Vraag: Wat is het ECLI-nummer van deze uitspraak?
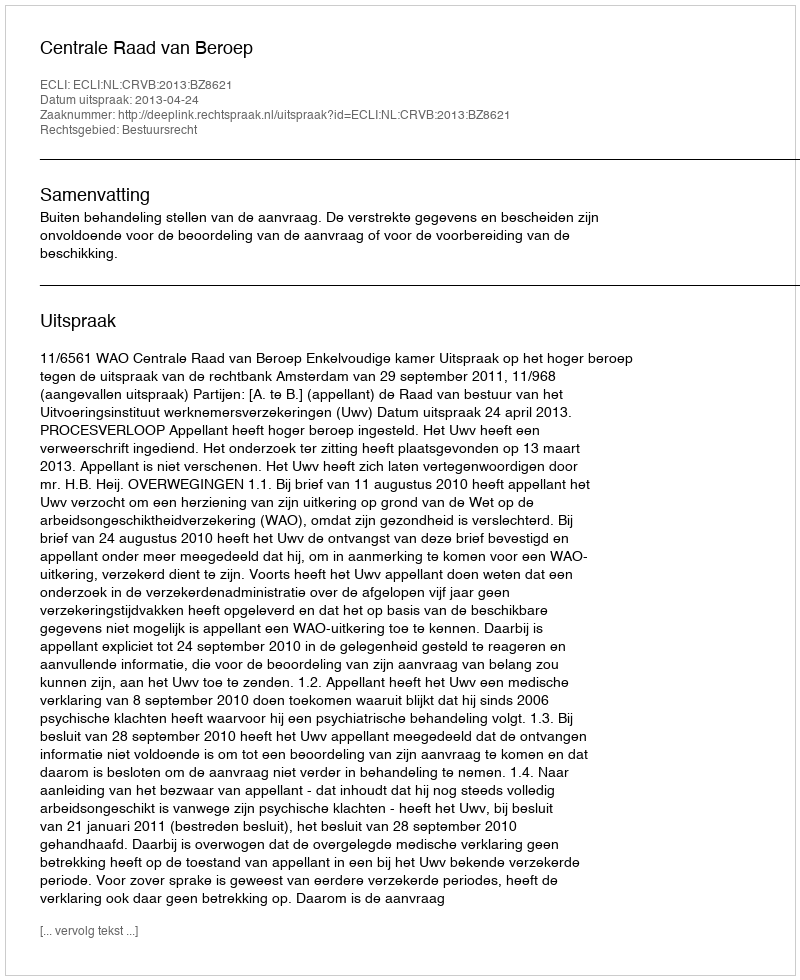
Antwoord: ECLI:NL:CRVB:2013:BZ8621